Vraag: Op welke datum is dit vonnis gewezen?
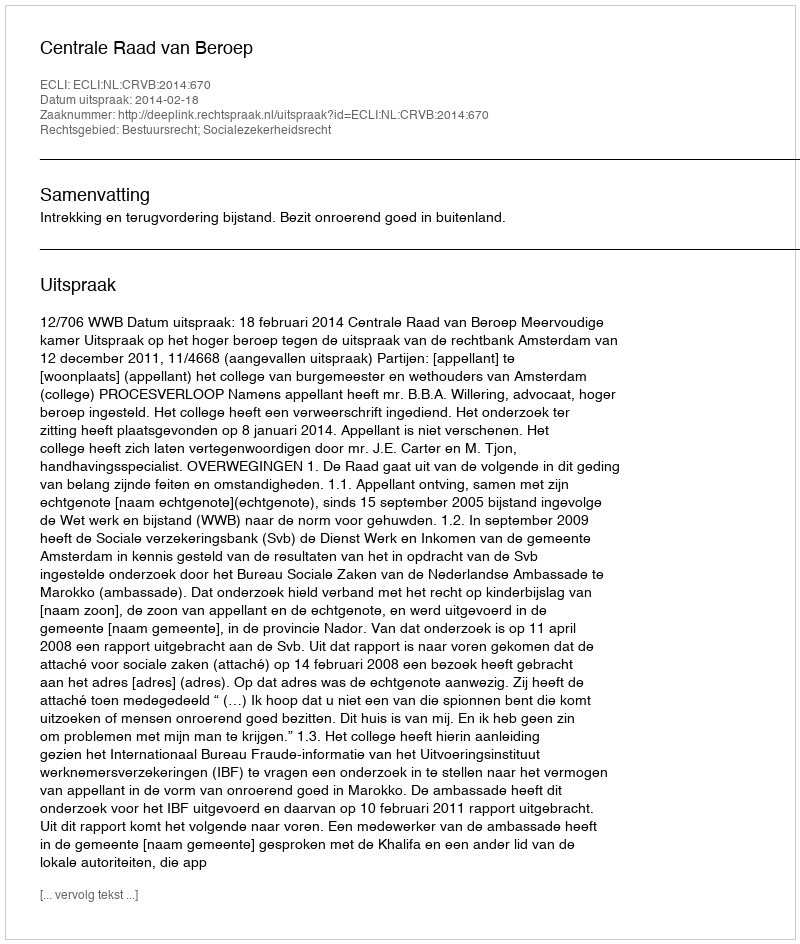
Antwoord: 2014-02-18